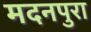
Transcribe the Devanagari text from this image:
मदनपुरा